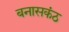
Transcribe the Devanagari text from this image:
बनासकंठ